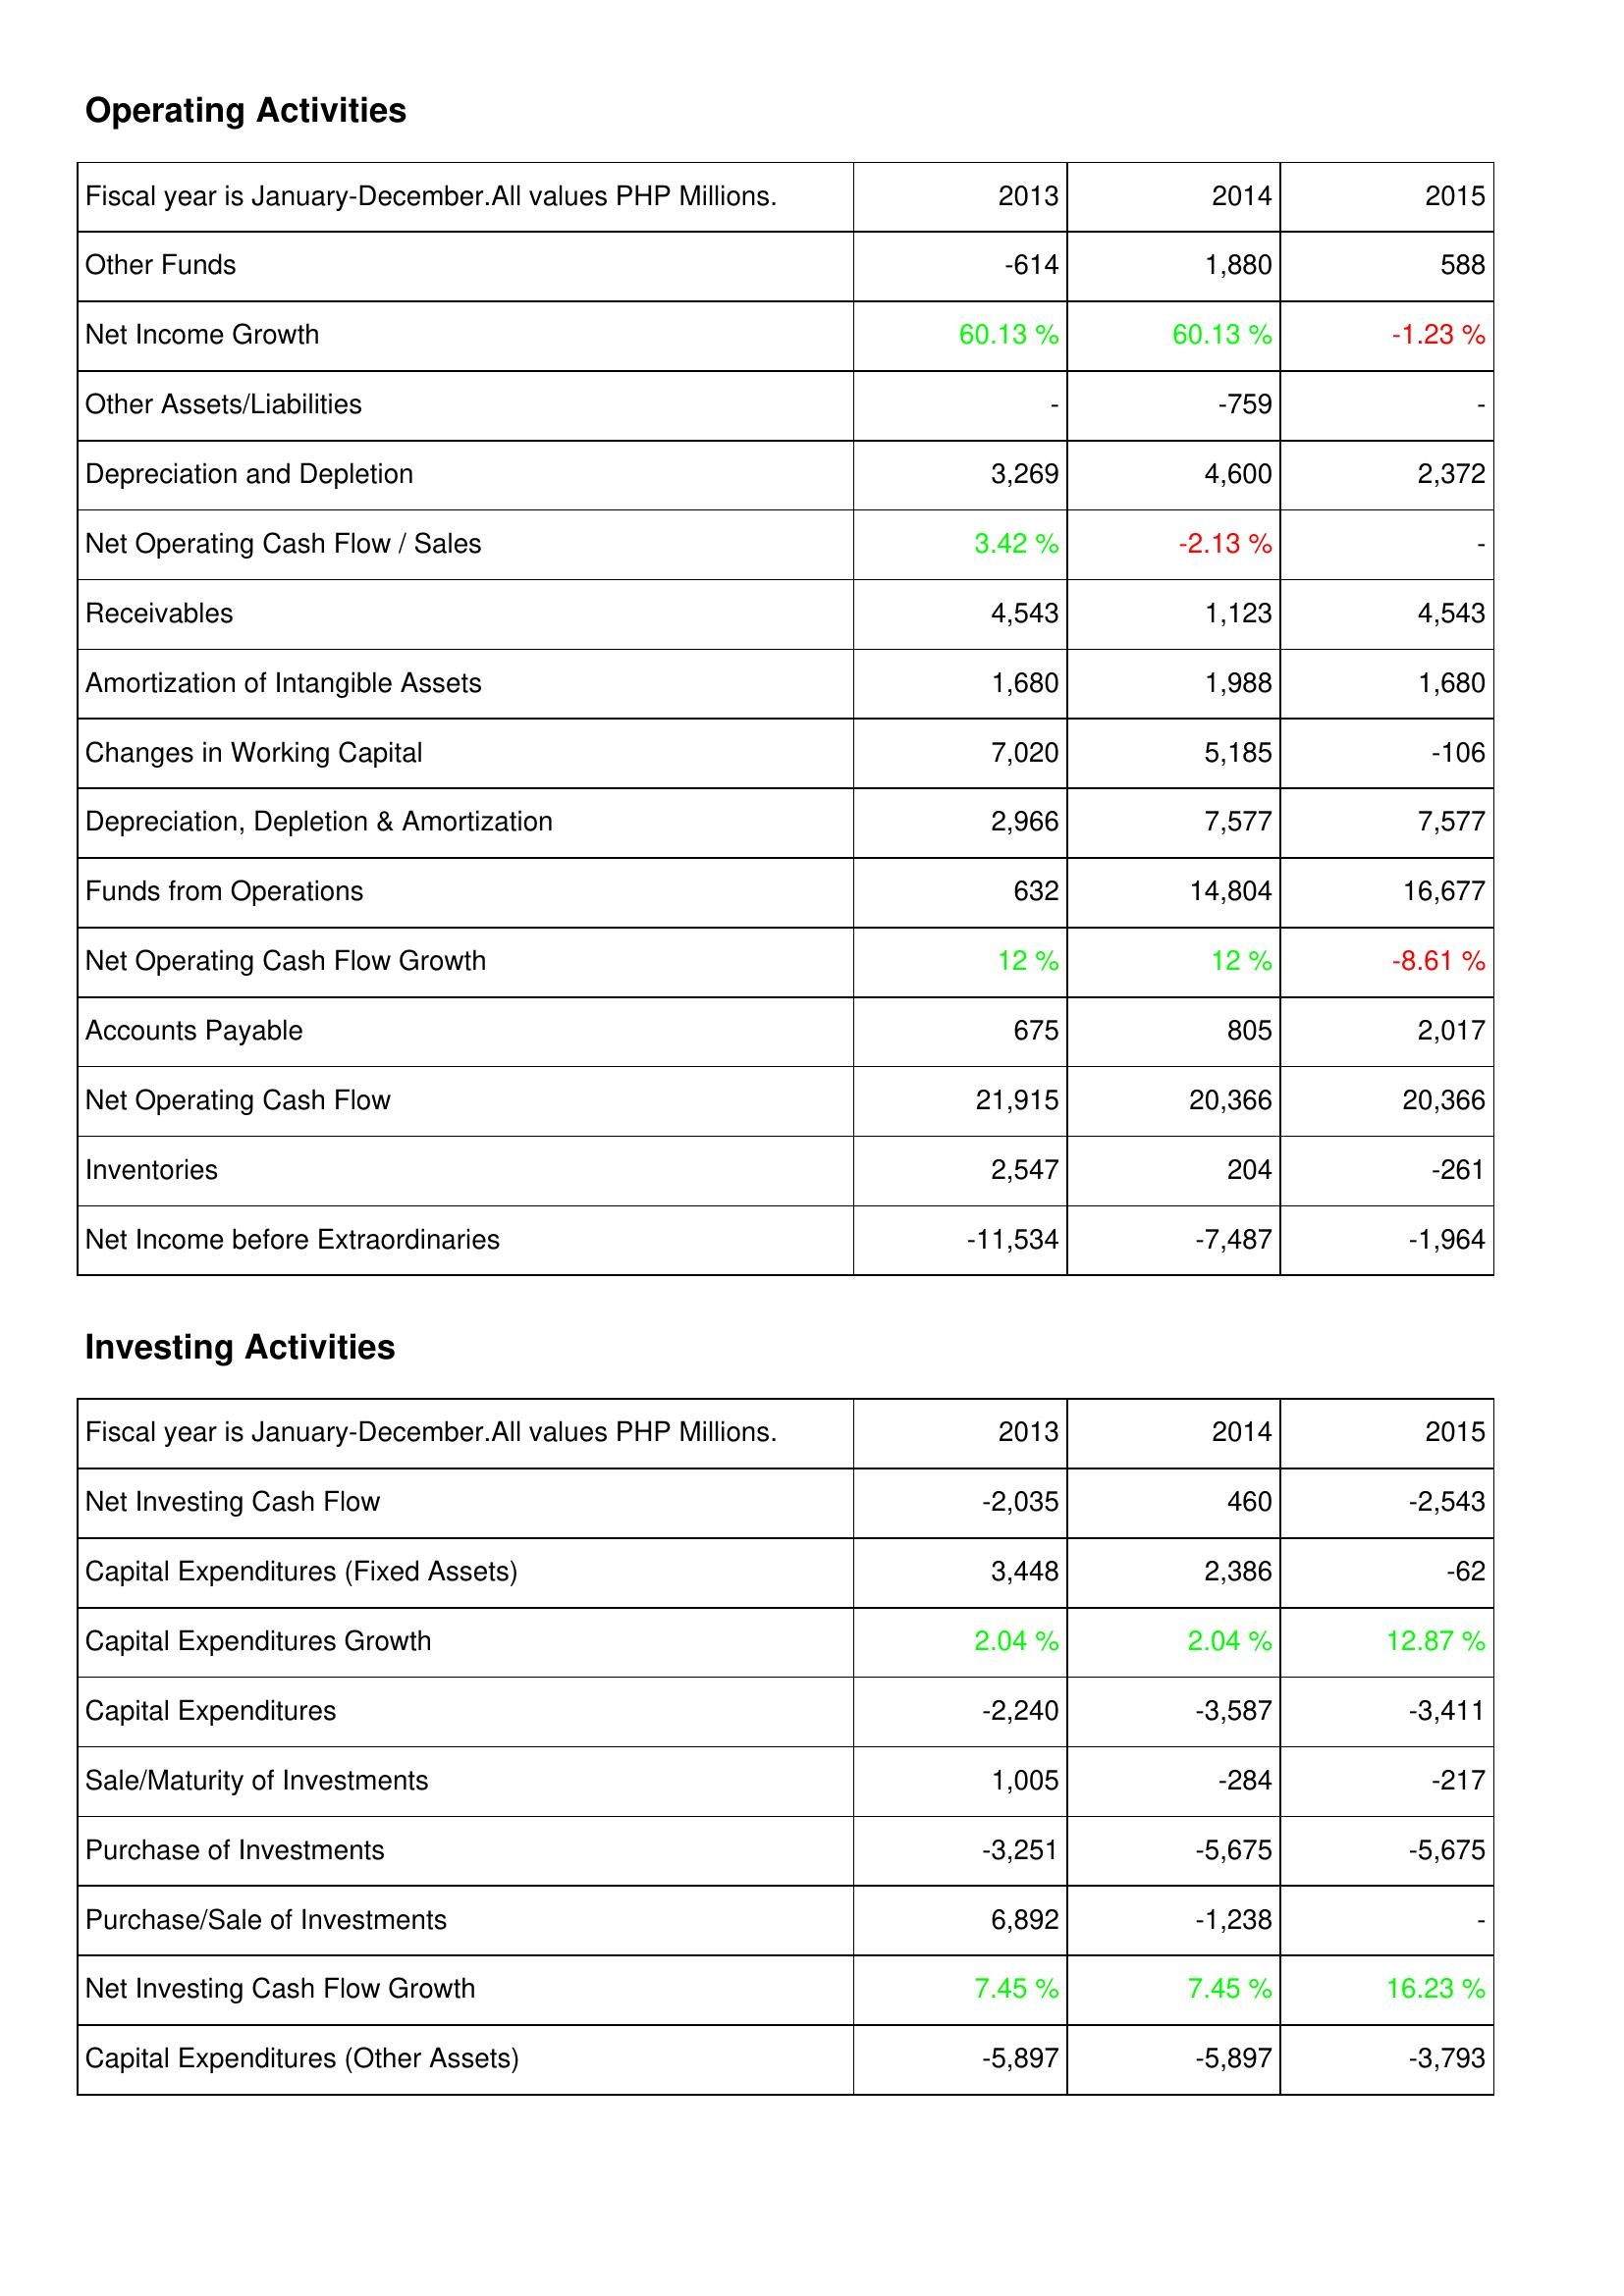
2013: Operating Activities: Other Funds: -614
Net Income Growth: 60.13 %
Other Assets/Liabilities: -
Depreciation and Depletion: 3,269
Net Operating Cash Flow / Sales: 3.42 %
Receivables: 4,543
Amortization of Intangible Assets: 1,680
Changes in Working Capital: 7,020
Depreciation, Depletion & Amortization: 2,966
Funds from Operations: 632
Net Operating Cash Flow Growth: 12 %
Accounts Payable: 675
Net Operating Cash Flow: 21,915
Inventories: 2,547
Net Income before Extraordinaries: -11,534
Investing Activities: Net Investing Cash Flow: -2,035
Capital Expenditures (Fixed Assets): 3,448
Capital Expenditures Growth: 2.04 %
Capital Expenditures: -2,240
Sale/Maturity of Investments: 1,005
Purchase of Investments: -3,251
Purchase/Sale of Investments: 6,892
Net Investing Cash Flow Growth: 7.45 %
Capital Expenditures (Other Assets): -5,897
2014: Operating Activities: Other Funds: 1,880
Net Income Growth: 60.13 %
Other Assets/Liabilities: -759
Depreciation and Depletion: 4,600
Net Operating Cash Flow / Sales: -2.13 %
Receivables: 1,123
Amortization of Intangible Assets: 1,988
Changes in Working Capital: 5,185
Depreciation, Depletion & Amortization: 7,577
Funds from Operations: 14,804
Net Operating Cash Flow Growth: 12 %
Accounts Payable: 805
Net Operating Cash Flow: 20,366
Inventories: 204
Net Income before Extraordinaries: -7,487
Investing Activities: Net Investing Cash Flow: 460
Capital Expenditures (Fixed Assets): 2,386
Capital Expenditures Growth: 2.04 %
Capital Expenditures: -3,587
Sale/Maturity of Investments: -284
Purchase of Investments: -5,675
Purchase/Sale of Investments: -1,238
Net Investing Cash Flow Growth: 7.45 %
Capital Expenditures (Other Assets): -5,897
2015: Operating Activities: Other Funds: 588
Net Income Growth: -1.23 %
Other Assets/Liabilities: -
Depreciation and Depletion: 2,372
Net Operating Cash Flow / Sales: -
Receivables: 4,543
Amortization of Intangible Assets: 1,680
Changes in Working Capital: -106
Depreciation, Depletion & Amortization: 7,577
Funds from Operations: 16,677
Net Operating Cash Flow Growth: -8.61 %
Accounts Payable: 2,017
Net Operating Cash Flow: 20,366
Inventories: -261
Net Income before Extraordinaries: -1,964
Investing Activities: Net Investing Cash Flow: -2,543
Capital Expenditures (Fixed Assets): -62
Capital Expenditures Growth: 12.87 %
Capital Expenditures: -3,411
Sale/Maturity of Investments: -217
Purchase of Investments: -5,675
Purchase/Sale of Investments: -
Net Investing Cash Flow Growth: 16.23 %
Capital Expenditures (Other Assets): -3,793